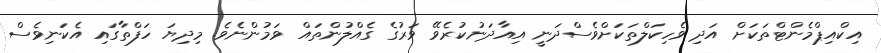
އިކްއިޕްމެންޓްތަކަށް އަދި ވެހިކަލްތަކަށްވެސްދަނީ އިއާދަނުކުރެވޭ ވަރުގެ ގެއްލުންތައް ވަމުންނެވެ. މިދިޔަ ހަފްތާގައި އެކަނިވެސް